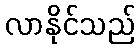
လာနိုင်သည်